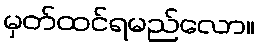
မှတ်ထင်ရမည်လော။